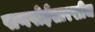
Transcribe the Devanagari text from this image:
पाणपोईसारखीच